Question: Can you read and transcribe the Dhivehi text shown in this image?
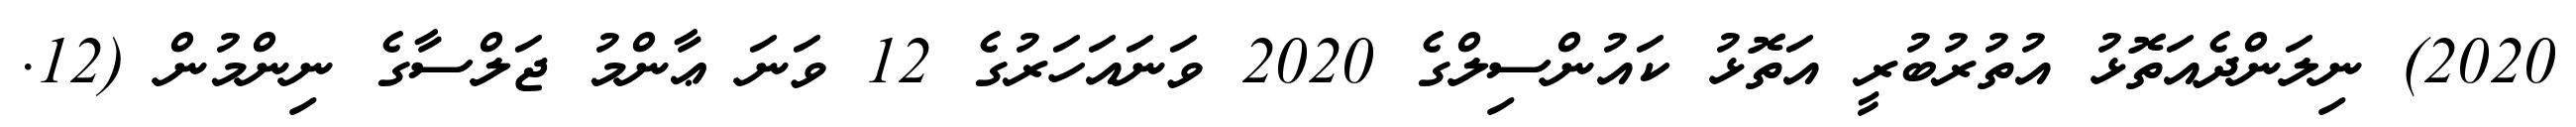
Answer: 2020) ނިލަންދެއަތޮޅު އުތުރުބުރީ އަތޮޅު ކައުންސިލްގެ 2020 ވަނައަހަރުގެ 12 ވަނަ ޢާންމު ޖަލްސާގެ ނިންމުން (12.